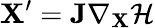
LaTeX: \mathbf{X}^{\prime}=\mathbf{J}\nabla_{\mathbf{X}}\mathcal{H}